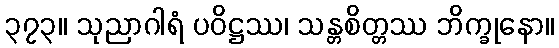
၃၇၃။ သုညာဂါရံ ပဝိဋ္ဌဿ၊ သန္တစိတ္တဿ ဘိက္ခုနော။